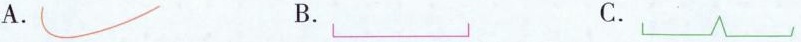
A. B. C.